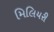
મિલિયરી